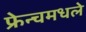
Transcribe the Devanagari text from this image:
फ्रेन्चमधले